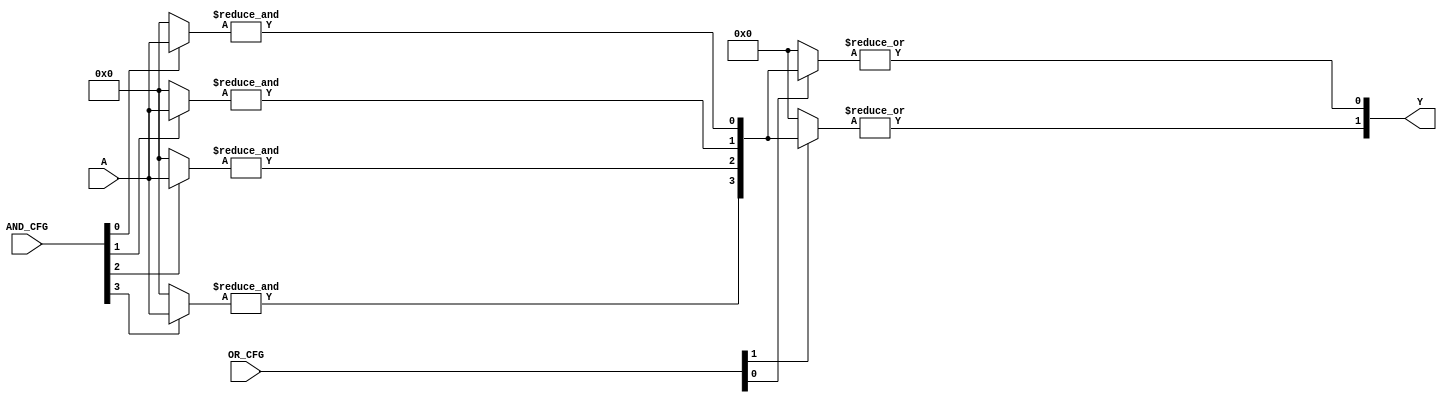
module GAL (
    input wire [N-1:0] A,       // Input signals (N inputs)
    input wire [M-1:0] AND_CFG, // Configuration for AND gates (M AND gates)
    input wire [M-1:0] OR_CFG,  // Configuration for OR gates (M OR gates)
    output wire [P-1:0] Y       // Output signals (P outputs)
);
    parameter N = 8; // Number of inputs
    parameter M = 4; // Number of AND gates
    parameter P = 2; // Number of outputs

    // Internal wires for AND gate outputs
    wire [M-1:0] and_out;

    // AND gates implementation
    genvar i, j;
    generate
        for (i = 0; i < M; i = i + 1) begin : and_gates
            wire [N-1:0] and_inputs;
            assign and_inputs = AND_CFG[i] ? A : {N{1'b0}}; // Select inputs based on configuration
            assign and_out[i] = &and_inputs; // AND operation
        end
    endgenerate

    // OR gates implementation
    generate
        for (j = 0; j < P; j = j + 1) begin : or_gates
            wire [M-1:0] or_inputs;
            assign or_inputs = OR_CFG[j] ? and_out : {M{1'b0}}; // Select AND outputs based on configuration
            assign Y[j] = |or_inputs; // OR operation
        end
    endgenerate

endmodule